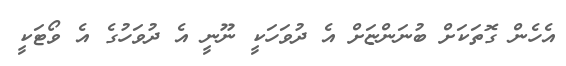
އެހެން ގޮތަކަށް ބުނަންޏަށް އެ ދުވަހަކީ ނޫނީ އެ ދުވަހުގެ އެ ވޯޓަކީ